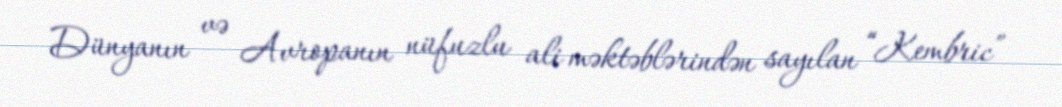
Dünyanın və Avropanın nüfuzlu ali məktəblərindən sayılan “Kembric”